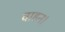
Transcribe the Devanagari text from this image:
वाहन।